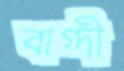
বাগ্‌দী